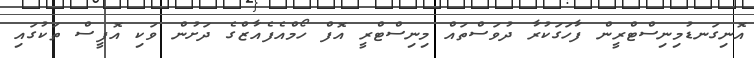
އޮނިގަނޑުމިނިސްޓްރީން ފާހަގަކުރާ ދުވަސްތައް މިނިސްޓްރީ އޮފް ހޯމްއެފެއާޒްގެ ދަށުން ވަކި އޮފީސް ތަކުގައި